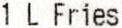
1 L FRIES